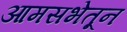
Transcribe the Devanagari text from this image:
आमसभेतून